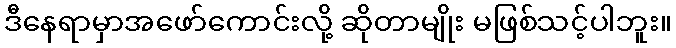
ဒီနေရာမှာအဖော်ကောင်းလို့ ဆိုတာမျိုး မဖြစ်သင့်ပါဘူး။